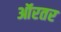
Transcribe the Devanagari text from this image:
ऑरतर